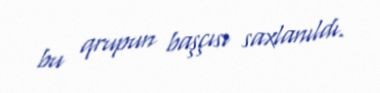
bu qrupun başçısı saxlanıldı.